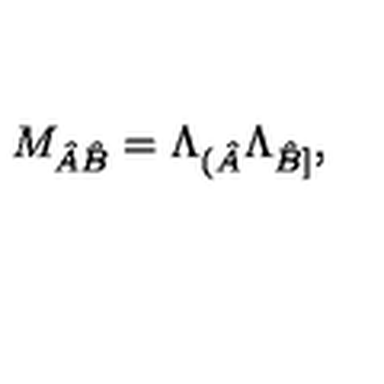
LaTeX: M _ { \hat { A } \hat { B } } = \Lambda _ { ( \hat { A } } \Lambda _ { \hat { B } ] } ,